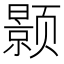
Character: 颢